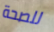
للصحة